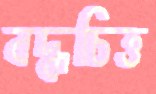
বদ্ধচিত্ত